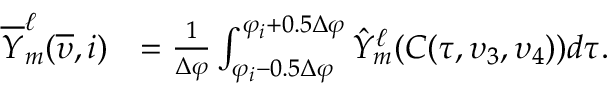
\begin{array} { r l } { \overline { { Y } } _ { m } ^ { \ell } ( \overline { { \upsilon } } , i ) } & { = \frac { 1 } { \Delta \varphi } \int \displaylimits _ { \varphi _ { i } - 0 . 5 \Delta \varphi } ^ { \varphi _ { i } + 0 . 5 \Delta \varphi } \hat { Y } _ { m } ^ { \ell } ( C ( \tau , \upsilon _ { 3 } , \upsilon _ { 4 } ) ) d \tau . } \end{array}